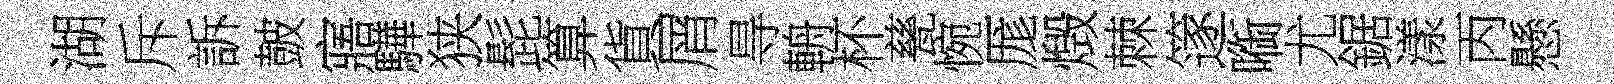
湖斥訴皷寤驊狭髭算貨屑㝵輈杯甆惋厖燬棘篴㗸尤鋸漾丙懸